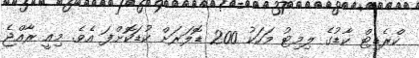
ކްރެޑިޓް ކާޑުގެ ލިމިޓު މަހަކު 200 ޑޮލަރަށް ކުޑަކޮށްފަ އެވެ. މިއީ ރާއްޖެ